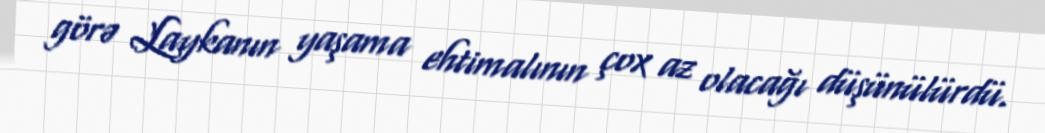
görə Laykanın yaşama ehtimalının çox az olacağı düşünülürdü.